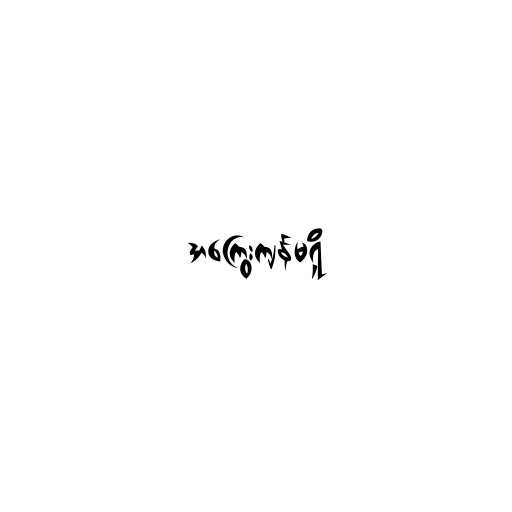
အကြွေးကျန်မရှိ